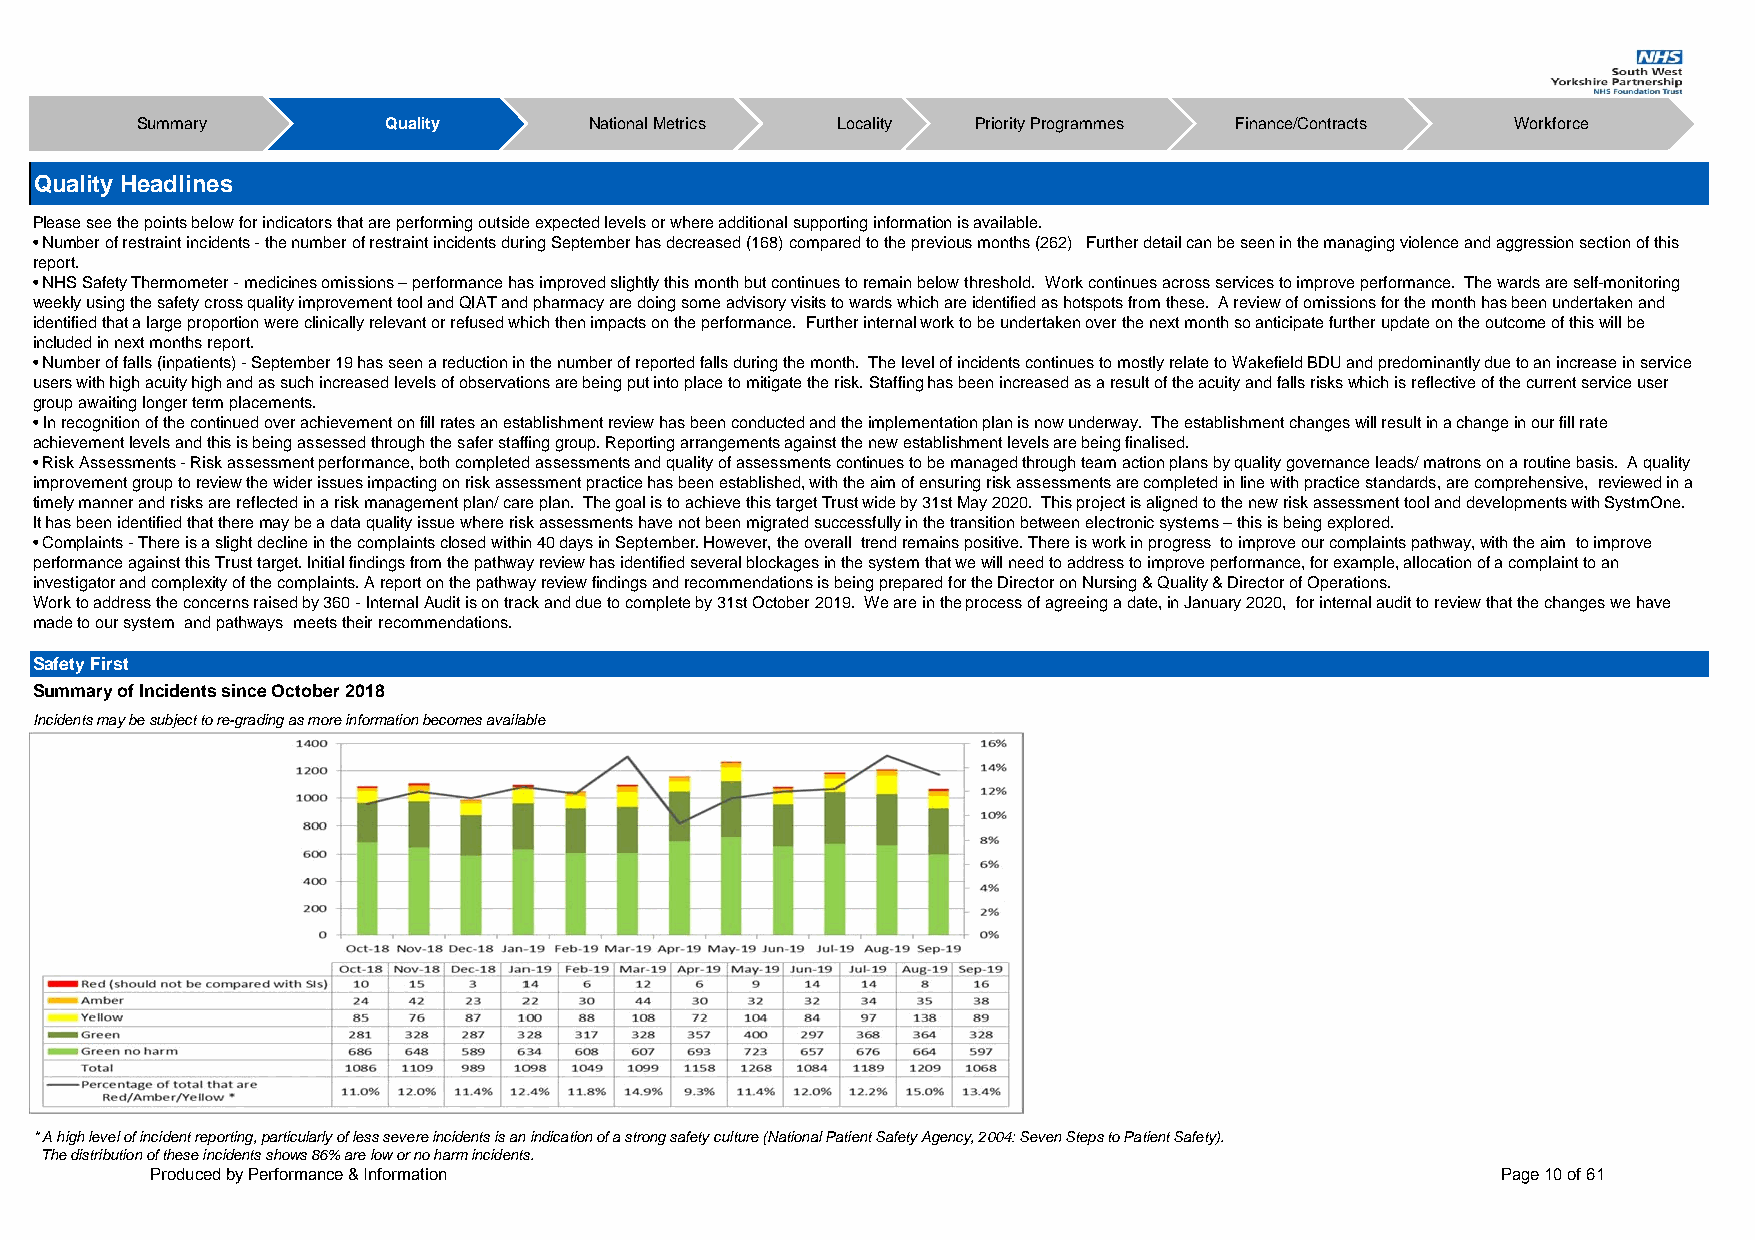
Summary         Quality       National Metrics Locality Priority Programmes Finance/Contracts Workforce
 Quality Headlines
 Please see the points below for indicators that are performing outside expected levels or where additional supporting information is available.
 • Number of restraint incidents - the number of restraint incidents during September has decreased (168) compared to the previous months (262) Further detail can be seen in the managing violence and aggression section of this
 report.
 • NHS Safety Thermometer - medicines omissions – performance has improved slightly this month but continues to remain below threshold. Work continues across services to improve performance. The wards are self-monitoring
 weekly using the safety cross quality improvement tool and QIAT and pharmacy are doing some advisory visits to wards which are identified as hotspots from these. A review of omissions for the month has been undertaken and
 identified that a large proportion were clinically relevant or refused which then impacts on the performance. Further internal work to be undertaken over the next month so anticipate further update on the outcome of this will be
 included in next months report.
 • Number of falls (inpatients) - September 19 has seen a reduction in the number of reported falls during the month. The level of incidents continues to mostly relate to Wakefield BDU and predominantly due to an increase in service
 users with high acuity high and as such increased levels of observations are being put into place to mitigate the risk. Staffing has been increased as a result of the acuity and falls risks which is reflective of the current service user
 group awaiting longer term placements.
 • In recognition of the continued over achievement on fill rates an establishment review has been conducted and the implementation plan is now underway. The establishment changes will result in a change in our fill rate
 achievement levels and this is being assessed through the safer staffing group. Reporting arrangements against the new establishment levels are being finalised.
 • Risk Assessments - Risk assessment performance, both completed assessments and quality of assessments continues to be managed through team action plans by quality governance leads/ matrons on a routine basis. A quality
 improvement group to review the wider issues impacting on risk assessment practice has been established, with the aim of ensuring risk assessments are completed in line with practice standards, are comprehensive, reviewed in a
 timely manner and risks are reflected in a risk management plan/ care plan. The goal is to achieve this target Trust wide by 31st May 2020. This project is aligned to the new risk assessment tool and developments with SystmOne.
 It has been identified that there may be a data quality issue where risk assessments have not been migrated successfully in the transition between electronic systems – this is being explored.
 • Complaints - There is a slight decline in the complaints closed within 40 days in September. However, the overall trend remains positive. There is work in progress to improve our complaints pathway, with the aim to improve
 performance against this Trust target. Initial findings from the pathway review has identified several blockages in the system that we will need to address to improve performance, for example, allocation of a complaint to an
 investigator and complexity of the complaints. A report on the pathway review findings and recommendations is being prepared for the Director on Nursing & Quality & Director of Operations.
 Work to address the concerns raised by 360 - Internal Audit is on track and due to complete by 31st October 2019. We are in the process of agreeing a date, in January 2020, for internal audit to review that the changes we have
 made to our system and pathways meets their recommendations.
 Safety First
 Summary of Incidents since October 2018
 Incidents may be subject to re-grading as more information becomes available
 * A high level of incident reporting, particularly of less severe incidents is an indication of a strong safety culture (National Patient Safety Agency, 2004: Seven Steps to Patient Safety).
 The distribution of these incidents shows 86% are low or no harm incidents.
 Produced by Performance & Information                                                    Page 10 of 61